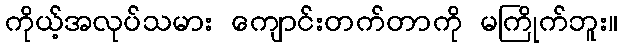
ကိုယ့်အလုပ်သမား ကျောင်းတက်တာကို မကြိုက်ဘူး။